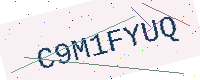
Text: C9M1FYUQ